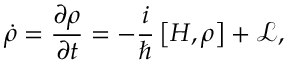
\dot { \rho } = \frac { \partial \rho } { \partial t } = - \frac { i } { \hbar } \left[ H , \rho \right] + \mathcal { L } ,